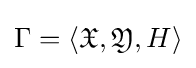
\Gamma =\left\langle {\mathfrak {X}},{\mathfrak {Y}},H\right\rangle